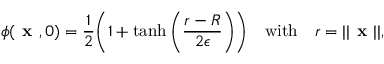
\phi ( \textbf { x } , 0 ) = \frac { 1 } { 2 } \bigg ( 1 + \operatorname { t a n h } \bigg ( \frac { r - R } { 2 \epsilon } \bigg ) \bigg ) \quad \mathrm { w i t h } \quad r = | | \textbf { x } | | ,